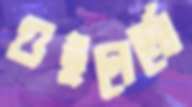
গুইলের্মো